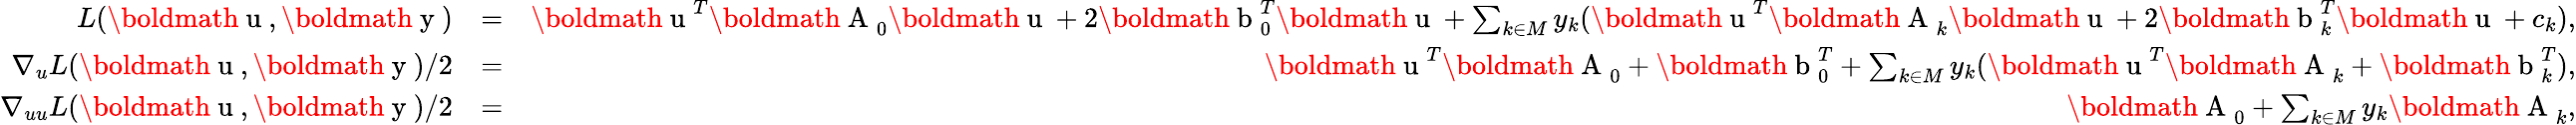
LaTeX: \begin{array}{rlr}{L(\mathrm{\boldmath~u~},\mathrm{\boldmath~y~})}&{=}&{\mathrm{\boldmath~u~}^{T}\mathrm{\boldmath~A~}_{0}\mathrm{\boldmath~u~}+2\mathrm{\boldmath~b~}_{0}^{T}\mathrm{\boldmath~u~}+\sum_{k\in M}y_{k}(\mathrm{\boldmath~u~}^{T}\mathrm{\boldmath~A~}_{k}\mathrm{\boldmath~u~}+2\mathrm{\boldmath~b~}_{k}^{T}\mathrm{\boldmath~u~}+c_{k}),}\\ {\nabla_{u}L(\mathrm{\boldmath~u~},\mathrm{\boldmath~y~})/2}&{=}&{\mathrm{\boldmath~u~}^{T}\mathrm{\boldmath~A~}_{0}+\mathrm{\boldmath~b~}_{0}^{T}+\sum_{k\in M}y_{k}(\mathrm{\boldmath~u~}^{T}\mathrm{\boldmath~A~}_{k}+\mathrm{\boldmath~b~}_{k}^{T}),}\\ {\nabla_{uu}L(\mathrm{\boldmath~u~},\mathrm{\boldmath~y~})/2}&{=}&{\mathrm{\boldmath~A~}_{0}+\sum_{k\in M}y_{k}\mathrm{\boldmath~A~}_{k},}\end{array}